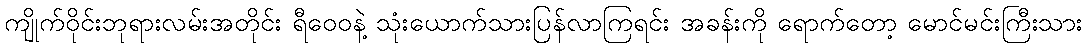
ကျိုက်ဝိုင်းဘုရားလမ်းအတိုင်း ရီဝေဝနဲ့ သုံးယောက်သားပြန်လာကြရင်း အခန်းကို ရောက်တော့ မောင်မင်းကြီးသား